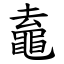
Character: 鼁